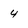
Character: 4